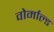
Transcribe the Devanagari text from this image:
वोर्माल्ड